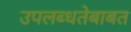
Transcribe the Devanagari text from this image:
उपलब्धतेबाबत